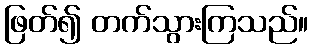
ဖြတ်၍ တက်သွားကြသည်။